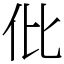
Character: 仳